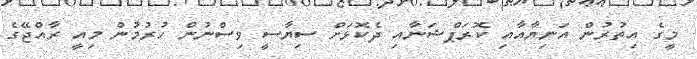
މީގެ އިތުރުން އަނިޔާއާއި ކޮރަޕްޝަނާއި ދެކޮޅަށް ސިޔާސީ ވިސްނުން ހުރުމުން މިއީ ރާއްޖޭގެ